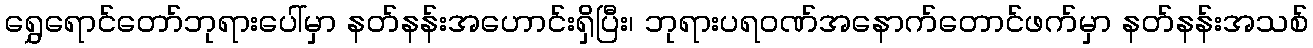
ရွှေရောင်တော်ဘုရားပေါ်မှာ နတ်နန်းအဟောင်းရှိပြီး၊ ဘုရားပရဝဏ်အနောက်တောင်ဖက်မှာ နတ်နန်းအသစ်